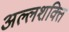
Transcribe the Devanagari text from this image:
अल्लशक्ति